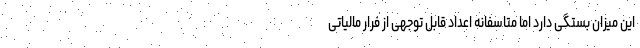
این میزان بستگی دارد اما متاسفانه اعداد قابل توجهی از فرار مالیاتی